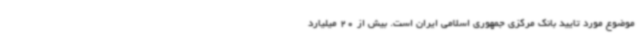
موضوع مورد تایید بانک مرکزی جمهوری اسلامی ایران است. بیش از 20 میلیارد